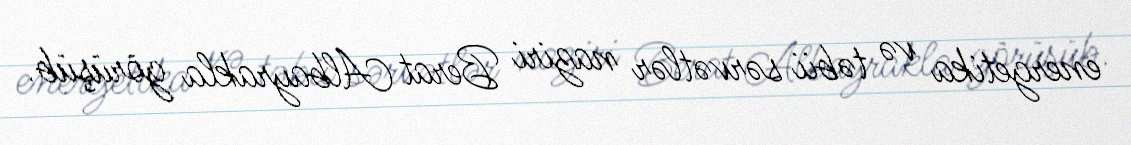
energetika və təbii sərvətlər naziri Berat Albayrakla görüşüb.